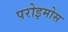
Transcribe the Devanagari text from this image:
परोइमोस